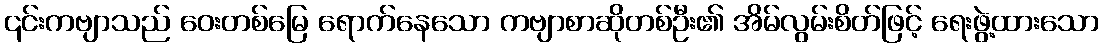
၎င်းကဗျာသည် ဝေးတစ်မြေ ရောက်နေသော ကဗျာစာဆိုတစ်ဦး၏ အိမ်လွမ်းစိတ်ဖြင့် ရေးဖွဲ့ထားသော